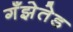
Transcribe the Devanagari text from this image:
गँझेतेड